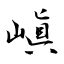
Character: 嵮